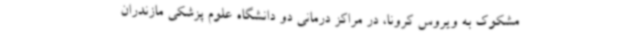
مشکوک به ویروس کرونا، در مراکز درمانی دو دانشگاه علوم پزشکی مازندران